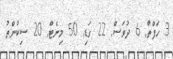
3 ހަފްތާ